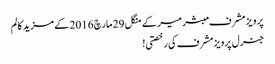
پرویز مشرف مبشر میر کے منگل 29 مارچ 2016 کے مزید کالم
جنرل پرویز مشرف کی رخصتی!